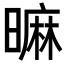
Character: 𣊍